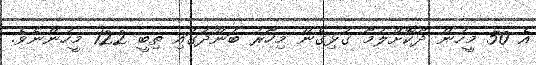
އެ 50 މީހުން ދޫކޮށްލުމާ ގުޅިގެން މިހާރު ބަންދުގައި ތިބީ 122 މީހުންނެވެ.